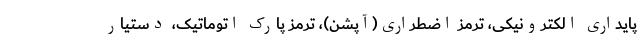
پایداری الکترونیکی، ترمز اضطراری(آپشن)، ترمز پارک اتوماتیک، دستیار